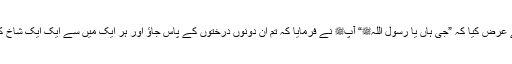
سیدنا جابرؓ نے عرض کیا کہ ”جی ہاں یا رسول اللہﷺ“ آپﷺ نے فرمایا کہ تم ان دونوں درختوں کے پاس جاؤ اور ہر ایک میں سے ایک ایک شاخ کاٹ کر لے آؤ۔